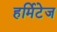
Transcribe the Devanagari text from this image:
हर्मिटेज